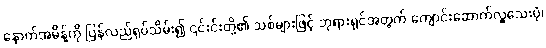
နောက်အမိန့်ကို ပြန်လည်ရုပ်သိမ်း၍ ၎င်းင်းတို့၏ သစ်များဖြင့် ဘုရားရှင်အတွက် ကျောင်းဆောက်လှူသေးပုံ၊